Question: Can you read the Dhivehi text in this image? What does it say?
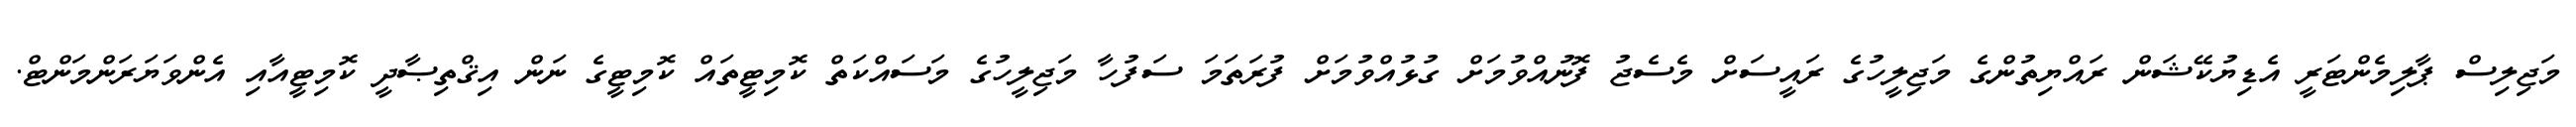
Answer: މަޖިލިސް ޕާލިމެންޓަރީ އެޑިޔުކޭޝަން ރައްޔިތުންގެ މަޖިލީހުގެ ރައީސަށް މެސެޖު ފޮނުއްވުމަށް ގުޅުއްވުމަށް ފުރަތަމަ ސަފުހާ މަޖިލީހުގެ މަސައްކަތް ކޮމިޓީތައް ކޮމިޓީގެ ނަން އިޤްތިޞާދީ ކޮމިޓީއާއި އެންވަޔަރަންމަންޓް.